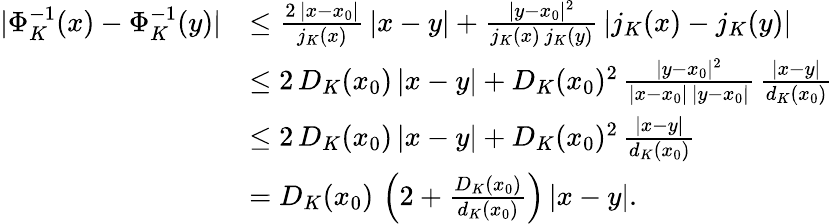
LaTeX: \begin{array}{rl}{|\Phi_{K}^{-1}(x)-\Phi_{K}^{-1}(y)|}&{\le\frac{2\, |x-x_{0}|}{j_{K}(x)}\, |x-y|+\frac{|y-x_{0}|^{2}}{j_{K}(x)\, j_{K}(y)}\, |j_{K}(x)-j_{K}(y)|}\\ &{\le 2\, D_{K}(x_{0})\, |x-y|+D_{K}(x_{0})^{2}\, \frac{|y-x_{0}|^{2}}{|x-x_{0}|\, |y-x_{0}|}\, \frac{|x-y|}{d_{K}(x_{0})}}\\ &{\le 2\, D_{K}(x_{0})\, |x-y|+D_{K}(x_{0})^{2}\, \frac{|x-y|}{d_{K}(x_{0})}}\\ &{=D_{K}(x_{0})\, \left(2+\frac{D_{K}(x_{0})}{d_{K}(x_{0})}\right)\, |x-y|.}\end{array}